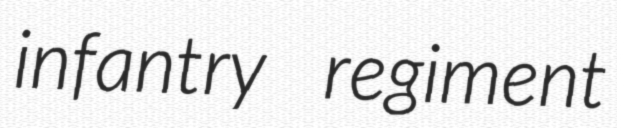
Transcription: infantry regiment